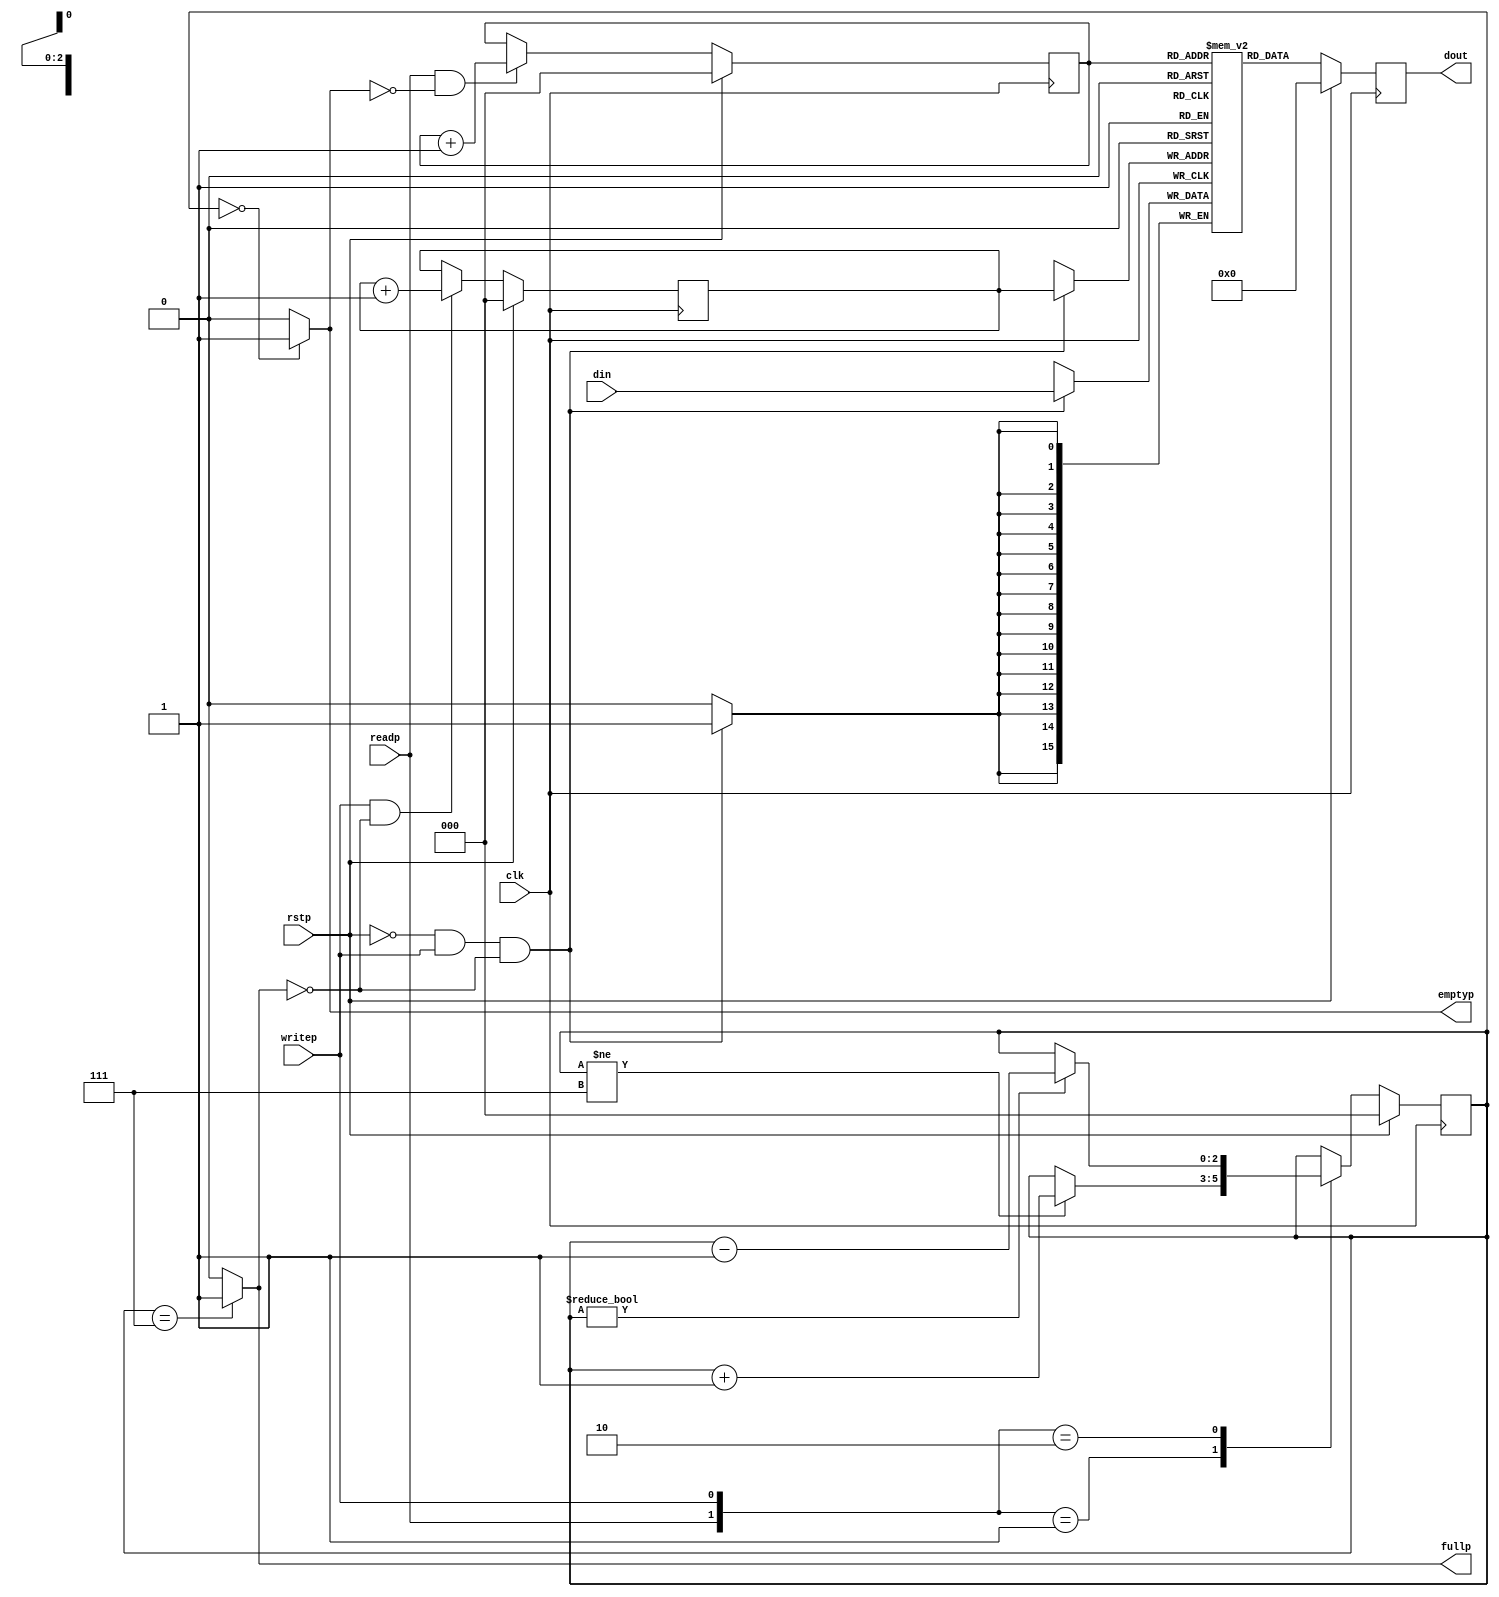
//
// Copyright (c) 1999 Thomas Coonan (tcoonan@mindspring.com)
//
//    This source code is free software; you can redistribute it
//    and/or modify it in source code form under the terms of the GNU
//    General Public License as published by the Free Software
//    Foundation; either version 2 of the License, or (at your option)
//    any later version.
//
//    This program is distributed in the hope that it will be useful,
//    but WITHOUT ANY WARRANTY; without even the implied warranty of
//    MERCHANTABILITY or FITNESS FOR A PARTICULAR PURPOSE.  See the
//    GNU General Public License for more details.
//
//    You should have received a copy of the GNU General Public License
//    along with this program; if not, write to the Free Software
//    Foundation, Inc., 59 Temple Place - Suite 330, Boston, MA 02111-1307, USA
//
// Synchronous FIFO.  4 x 16 bit words.
//
// Modified by SDW to print out PASSED only if DEBUG not defined.
// Also changed TEST1 so that it is "self checking" by adding a
// passed in value to read_word.
//
module fifo (clk, rstp, din, writep, readp, dout, emptyp, fullp);
input		clk;
input		rstp;
input [15:0]	din;
input		readp;
input		writep;
output [15:0]	dout;
output		emptyp;
output		fullp;

// Defines sizes in terms of bits.
//
parameter	DEPTH = 3,		// 2 bits, e.g. 4 words in the FIFO.
		MAX_COUNT = 3'b111;	// topmost address in FIFO.

reg 	emptyp;
reg		fullp;

// Registered output.
reg [15:0]	dout;

// Define the FIFO pointers.  A FIFO is essentially a circular queue.
//
reg [(DEPTH-1):0]	tail;
reg [(DEPTH-1):0]	head;

// Define the FIFO counter.  Counts the number of entries in the FIFO which
// is how we figure out things like Empty and Full.
//
reg [(DEPTH-1):0]	count;

// Define our regsiter bank.  This is actually synthesizable!
//
reg [15:0] fifomem[0:MAX_COUNT];

// Dout is registered and gets the value that tail points to RIGHT NOW.
//
always @(posedge clk)
 begin
   if (rstp == 1)
      dout <= 16'h0000;
   else 
      dout <= fifomem[tail];
 end 

     
// Update FIFO memory.
always @(posedge clk) begin
   if (rstp == 1'b0 && writep == 1'b1 && fullp == 1'b0) begin
      fifomem[head] <= din;
   end
end
                  
// Update the head register.
//
always @(posedge clk) begin
   if (rstp == 1'b1) begin
      head <= 2'b00;
   end
   else begin
      if (writep == 1'b1 && fullp == 1'b0) begin
         // WRITE
         head <= head + 1;
      end
   end
end

// Update the tail register.
//
always @(posedge clk) begin
   if (rstp == 1'b1) begin
      tail <= 2'b00;
   end
   else begin
      if (readp == 1'b1 && emptyp == 1'b0) begin
         // READ               
         tail <= tail + 1;
      end
   end
end

// Update the count regsiter.
//
always @(posedge clk) begin
   if (rstp == 1'b1) begin
      count <= 2'b00;
   end
   else begin
      case ({readp, writep})
         2'b00: count <= count;
         2'b01: 
            // WRITE
            if (count != MAX_COUNT) 
               count <= count + 1;
         2'b10: 
            // READ
            if (count != 2'b00)
               count <= count - 1;
         2'b11:
            // Concurrent read and write.. no change in count
            count <= count;
      endcase
   end
end

         
// *** Update the flags
//
// First, update the empty flag.
//
always @(count) begin
   if (count == 2'b00)
      emptyp <= 1'b1;
   else
      emptyp <= 1'b0;
end


// Update the full flag
//
always @(count) begin
   if (count == MAX_COUNT)
      fullp <= 1'b1;
   else
      fullp <= 1'b0;
end

endmodule

// synopsys translate_off

`define TEST_FIFO
// synopsys translate_off
`ifdef TEST_FIFO


module test_fifo;

reg		clk;
reg		rstp;
reg [15:0]	din;
reg		readp;
reg		writep;
wire [15:0]	dout;
wire		emptyp;
wire		fullp;
reg		error ;

reg [15:0]	value;

fifo U1 (
   .clk		(clk),
   .rstp	(rstp),
   .din		(din),
   .readp	(readp),
   .writep	(writep),
   .dout	(dout),
   .emptyp	(emptyp),
   .fullp	(fullp)
);

//
// SDW Added self testing aspect here..
//
task read_word;
input [15:0] expect;
begin
   @(negedge clk);
   readp = 1;
   @(posedge clk) #5;
`ifdef DEBUG
   $display ("Expect %0h, Read %0h from FIFO", 
`endif // DEBUG
   if(expect !== dout)
     begin
        $display ("FAILED - Expect %0h, Read %0h from FIFO", 
                       expect,dout);
        error = 1;
     end
   readp = 0;
end
endtask
   
task write_word;
input [15:0]	value;
begin
   @(negedge clk);
   din = value;
   writep = 1;
   @(posedge clk);
`ifdef DEBUG
   $display ("Write %0h to FIFO", din);
`endif // DEBUG
   #5;
   din = 16'hzzzz;
   writep = 0;
end
endtask

initial begin
   clk = 0;
   forever begin
      #10 clk = 1;
      #10 clk = 0;
   end
end

initial begin
   error = 0; 	// Set error to zero here.   
`ifdef DEBUG
   $dumpfile("test.vcd");
   $dumpvars(0,test_fifo);
`endif // DEBUG
   test1;
   //test2;

   if(error == 0)
      $display("PASSED");
   $finish;
end

task test1;
begin
   din = 16'hzzzz;
   writep = 0;
   readp = 0;

   // Reset
   rstp = 1;
   #50;
   rstp = 0;
   #50;
   
   // ** Write 3 values.
   write_word (16'h1111);
   write_word (16'h2222);
   write_word (16'h3333);
   
   // ** Read 2 values
   read_word(16'h1111);
   read_word(16'h2222);
   
   // ** Write one more
   write_word (16'h4444);
   
   // ** Read a bunch of values
   read_word(16'h3333);
   
   // *** Write a bunch more values
   write_word (16'h0001);
   write_word (16'h0002);
   write_word (16'h0003);
   write_word (16'h0004);
   write_word (16'h0005);
   write_word (16'h0006);
   write_word (16'h0007);
   write_word (16'h0008);

   // ** Read a bunch of values
   read_word(16'h4444);
   read_word(16'h0001);
   read_word(16'h0002);
   read_word(16'h0003);
   read_word(16'h0004);
   read_word(16'h0005);
   read_word(16'h0006);
end
endtask
`ifdef TEST2
// TEST2
//
// This test will operate the FIFO in an orderly manner the way it normally works.
// 2 threads are forked; a reader and a writer.  The writer writes a counter to
// the FIFO and obeys the fullp flag and delays randomly.  The reader likewise
// obeys the emptyp flag and reads at random intervals.  The result should be that
// the reader reads the incrementing counter out of the FIFO.  The empty/full flags
// should bounce around depending on the random delays.  The writer repeats some
// fixed number of times and then terminates both threads and kills the sim.
//
task test2;
reg [15:0] writer_counter;
begin
   writer_counter = 16'h0001;
   din = 16'hzzzz;
   writep = 0;
   readp = 0;

   // Reset
   rstp = 1;
   #50;
   rstp = 0;
   #50;
   
   fork
      // Writer
      begin
         repeat (500) begin
            @(negedge clk);
            if (fullp == 1'b0) begin
               write_word (writer_counter);
               #5;
               writer_counter = writer_counter + 1;
            end
            else begin
               $display ("WRITER is waiting..");
            end
            // Delay a random amount of time between 0ns and 100ns
            #22 ;
         end
         $display ("Done with WRITER fork..");
         $finish;
      end
      
      // Reader
      begin
         forever begin
            @(negedge clk);
            if (emptyp == 1'b0) begin
               read_word;
            end  
            else begin
               $display ("READER is waiting..");
            end
            // Delay a random amount of time between 0ns and 100ns
            #50;
         end
      end
   join
end
endtask

/*
always @(fullp)
   $display ("fullp = %0b", fullp);
   
always @(emptyp)
   $display ("emptyp = %0b", emptyp);

always @(U1.head)
   $display ("head = %0h", U1.head);

always @(U1.tail)
   $display ("tail = %0h", U1.tail);
*/

`endif // TEST2

endmodule
`endif